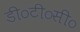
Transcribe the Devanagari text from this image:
डी०टी०सी०